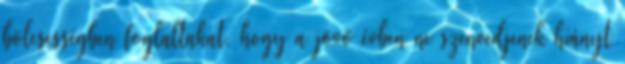
bölcsességben foglaltakat, hogy a jövő évben ne szenvedjenek hiányt